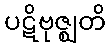
ပဋိဗုဇ္ဈတိ